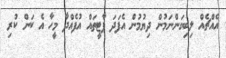
އެއްޗެއް ލިބިގަންނަމުން ދިޔުމުން އެފަދަ ޕާޓީތައް އުފެއްދާ މީހާ އެ ކަން ކުރި